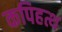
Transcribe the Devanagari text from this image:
कपिहत्थ